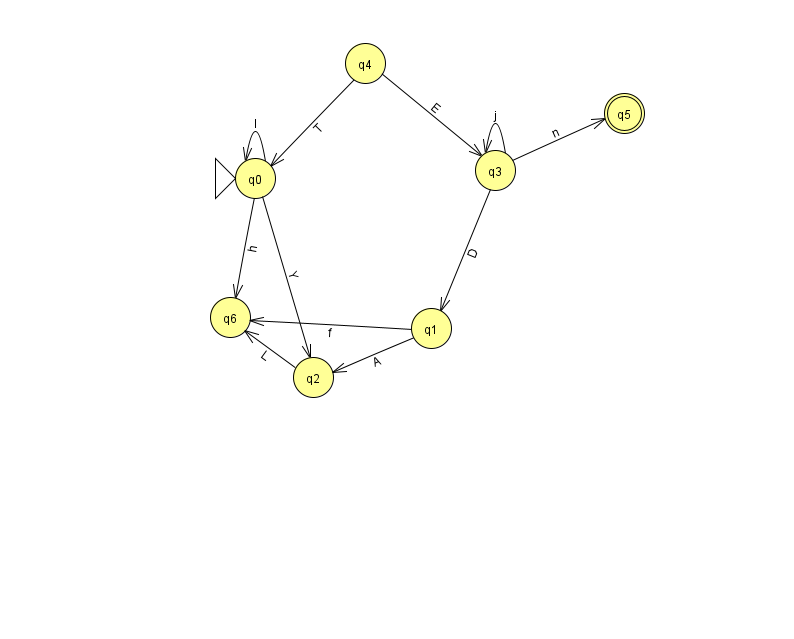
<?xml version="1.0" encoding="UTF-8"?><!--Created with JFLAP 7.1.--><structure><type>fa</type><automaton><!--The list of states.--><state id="0" name="q0"><x>255.0</x><y>165.0</y><initial/></state><state id="1" name="q1"><x>431.0</x><y>315.0</y></state><state id="2" name="q2"><x>313.0</x><y>364.0</y></state><state id="3" name="q3"><x>495.0</x><y>157.0</y></state><state id="4" name="q4"><x>365.0</x><y>50.0</y></state><state id="5" name="q5"><x>624.0</x><y>100.0</y><final/></state><state id="6" name="q6"><x>230.0</x><y>304.0</y></state><!--The list of transitions.--><transition><from>1</from><to>2</to><read>A</read></transition><transition><from>3</from><to>1</to><read>D</read></transition><transition><from>2</from><to>6</to><read>L</read></transition><transition><from>3</from><to>5</to><read>n</read></transition><transition><from>0</from><to>6</to><read>h</read></transition><transition><from>0</from><to>2</to><read>Y</read></transition><transition><from>4</from><to>0</to><read>T</read></transition><transition><from>1</from><to>6</to><read>f</read></transition><transition><from>3</from><to>3</to><read>j</read></transition><transition><from>0</from><to>0</to><read>l</read></transition><transition><from>4</from><to>3</to><read>E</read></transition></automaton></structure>